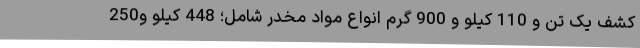
کشف یک تن و 110 کیلو و 900 گرم انواع مواد مخدر شامل؛ 448 کیلو و250